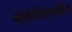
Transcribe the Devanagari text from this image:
बोहेमियातील